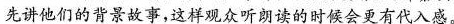
先讲他们的背景故事，这样观众听朗读的时候会更有代入感。